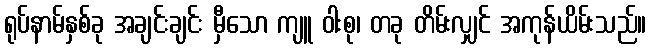
ရုပ်နာမ်နှစ်ခု အချင်းချင်း မှီသော ကျူ ဝါးစု၊ တခု တိမ်းလျှင် အကုန်ယိမ်းသည်။